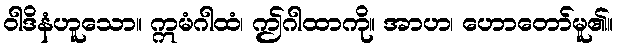
ဝါဒိနံဟူသော။ ဣမံဂါထံ၊ ဤဂါထာကို။ အာဟ၊ ဟောတော်မူ၏။